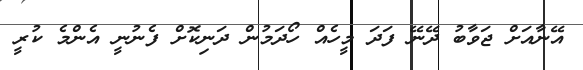
އޭނާއަށް ޖަވާބު ދޭނޭ ފަދަ މީހެއް ހޯދަމުން ދަނިކޮށް ފެނުނީ އެންމެ ކުރީ